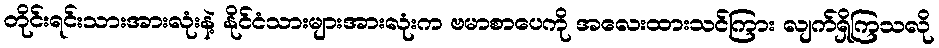
တိုင်းရင်းသားအားလုံးနဲ့ နိုင်ငံသားများအားလုံးက ဗမာစာပေကို အလေးထားသင်ကြား လျက်ရှိကြသလို